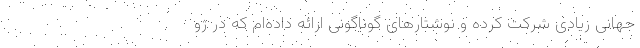
جهانی زیادی شرکت کرده و نوشتارهای گوناگونی ارائه داده‌ام که در ژو